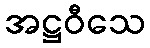
အဋ္ဌဝီသေ